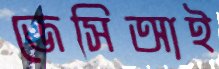
জেসিআই